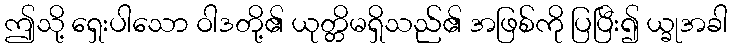
ဤသို့ ရှေးပါသော ဝါဒတို့၏ ယုတ္တိမရှိသည်၏ အဖြစ်ကို ပြပြီး၍ ယ္ခုအခါ